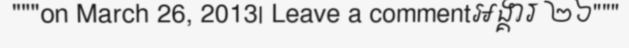
"""on March 26, 2013| Leave a commentអង្គារ ២៦"""